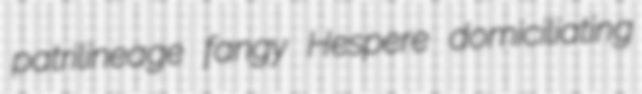
patrilineage fangy Hespere domiciliating